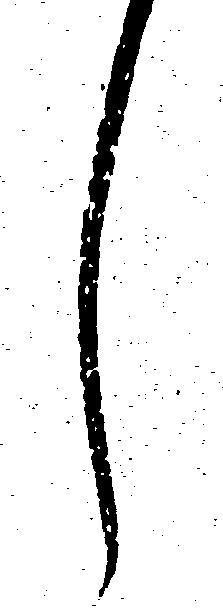
し